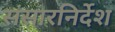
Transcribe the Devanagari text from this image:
संसारनिर्देश